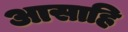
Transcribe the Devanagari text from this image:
आसाहि